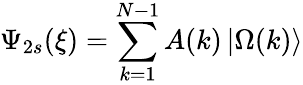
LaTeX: \Psi_{2s}(\xi)=\sum_{k=1}^{N-1}A(k)\left|\Omega(k)\right\rangle